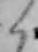
く